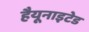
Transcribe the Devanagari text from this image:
हैयूनाइटेड